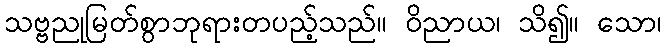
သဗ္ဗညုမြတ်စွာဘုရားတပည့်သည်။ ဝိညာယ၊ သိ၍။ သော၊